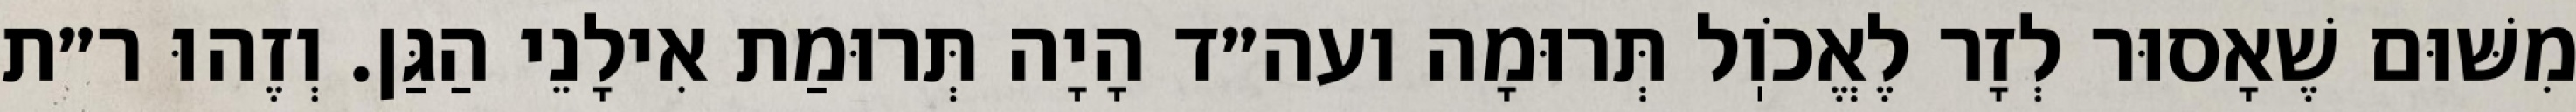
מִשּׁוּם שֶׁאָסוּר לְזָר לֶאֱכֹוֽל תְּרוּמָה ועה״ד הָיָה תְּרוּמַת אִילָנֵי הַגַּן. וְזֶהוּ ר״ת